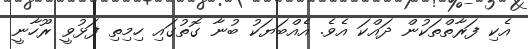
އެކި ފަރާތްތަކުން ދައްކަ އެވެ. އެއްބަޔަކު ބުނާ ގޮތުގައި ހިމިތި ފަޅުވީ ރޫހާނީ